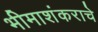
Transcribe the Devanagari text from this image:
भीमाशंकराचे